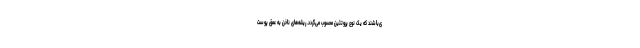
ی‌باشند که یک نوع پروتئین محسوب می‌گردد. ریشه‌های ناخن به عمق پوست